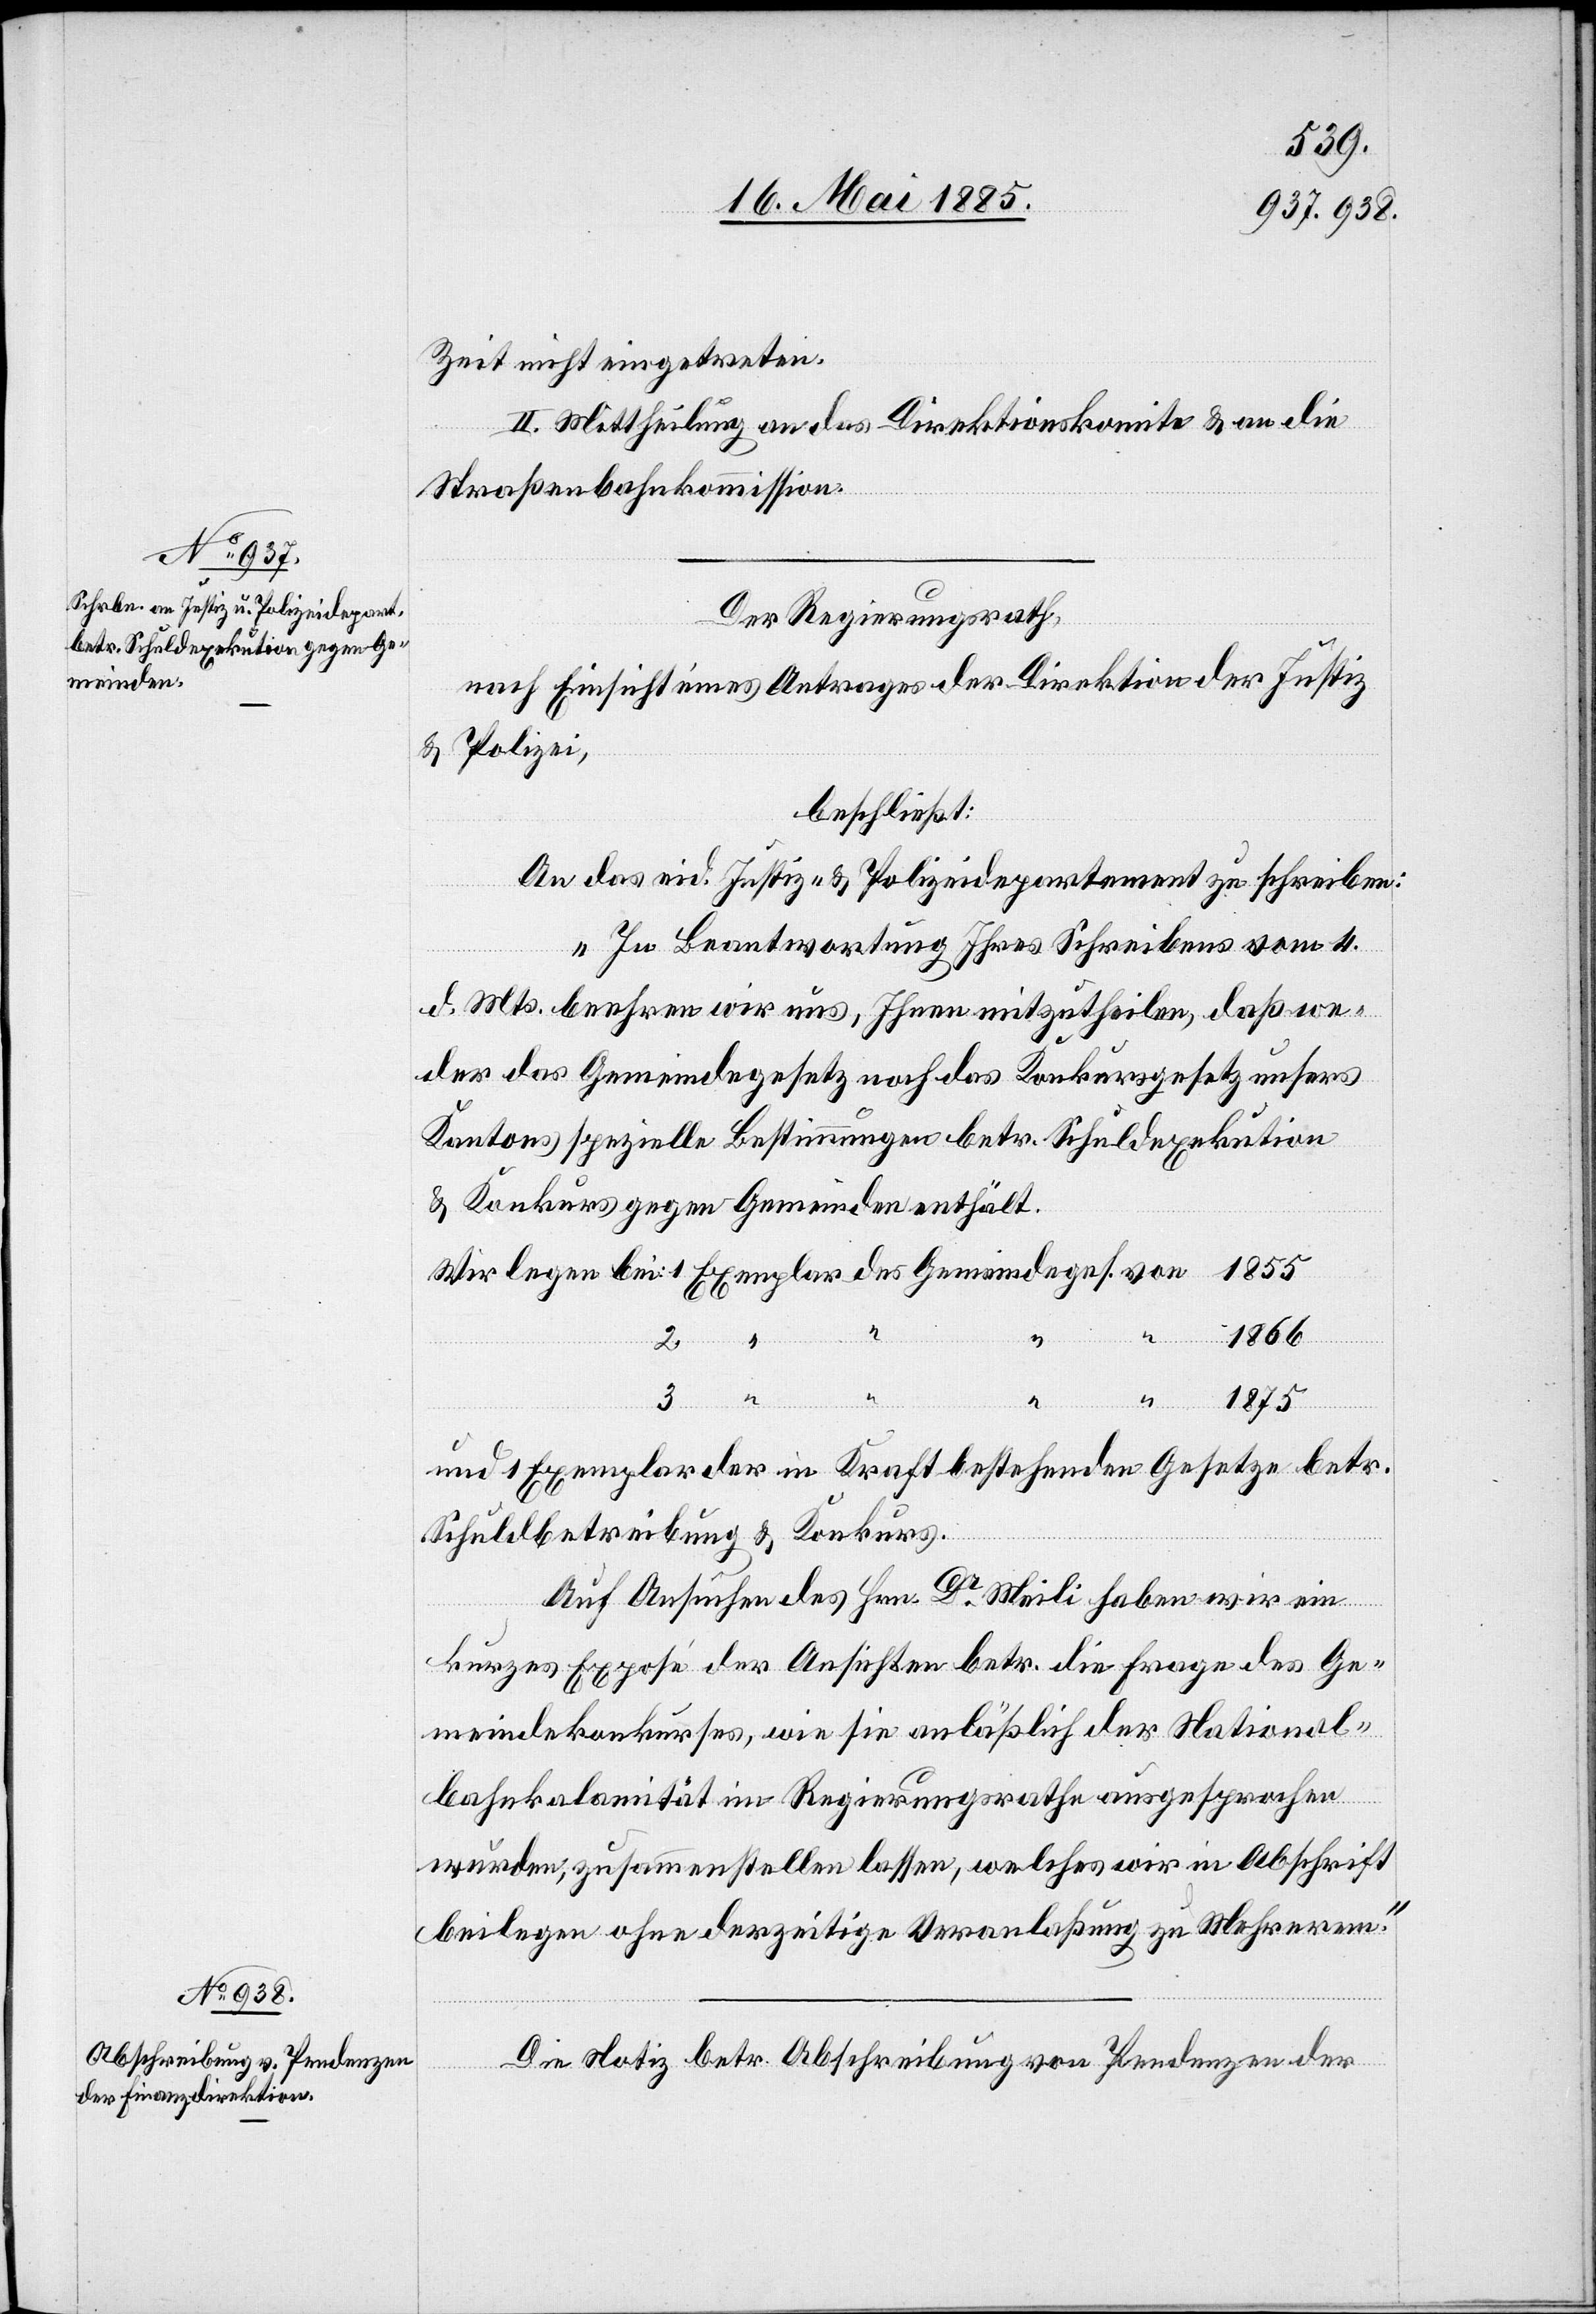
Zeit nicht eingetreten.
II. Mittheilung an das Direktionskomite & an die
Straßenbahnkommission.
Der Regierungsrath,
nach Einsicht eines Antrages der Direktion der Justiz
& Polizei,
beschließt:
An das eid. Justiz- & Polizeidepartement zu schreiben:
„In Beantwortung Ihres Schreibens vom 4.
d. Mts. beehren wir uns, Ihnen mitzutheilen, daß we¬
der das Gemeindegesetz noch das Konkursgesetz unsers
Kantons spezielle Bestimmungen betr. Schuldexekution
& Konkurs gegen Gemeinden enthält.
1866
Exemplar
Gemeindeges.
1875
und 1 Exemplar der in Kraft bestehenden Gesetze betr.
Schuldbetreibung & Konkurs.
Auf Ansuchen des Hrn. Dr Meili haben wir ein
von
kurzes Exposé der Ansichten betr. die Frage des Ge¬
meindekonkurses, wie sie anläßlich der National¬
bahnkalamität im Regierungsrathe ausgesprochen
wurden, zusammenstellen lassen, welches wir in Abschrift
beilegen ohne derzeitige Veranlaßung zu Mehreren.“
Die Notiz betr. Abschreibung von Pendenzen der